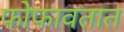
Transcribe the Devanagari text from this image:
फोफावतात